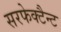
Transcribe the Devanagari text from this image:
सरफेक्टैन्ट